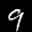
Label: 9